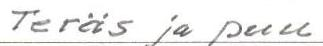
Teräs ja puu